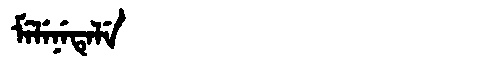
Manchu: ᠮᡝᠯᡝᠨᡝᡨᡝᠯᡝ
Romanization: MELENETELE